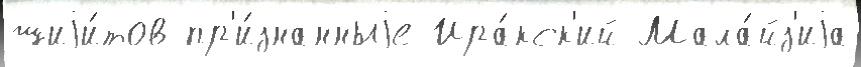
шиjи́тов пр'и́знанныjе Ира́кск'ий Мала́йз'иjа